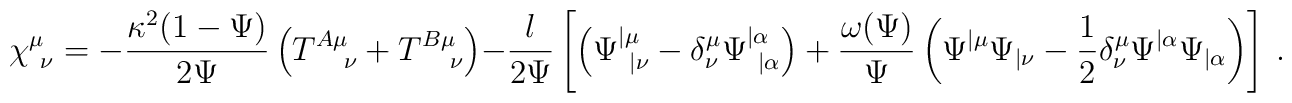
\chi^{\mu}_{\ \nu} = -{\kappa^2 (1-\Psi) \over 2 \Psi}       		\left( T^{A\mu}_{\quad \nu} + T^{B\mu}_{\quad \nu} \right)       		-{l  \over 2 \Psi} \left[ \left(  \Psi^{|\mu}_{\ |\nu}   		-\delta^\mu_\nu  \Psi^{|\alpha}_{\ |\alpha} \right)  		+{\omega(\Psi ) \over \Psi} \left( \Psi^{|\mu}  \Psi_{|\nu}  		- {1\over 2} \delta^\mu_\nu  \Psi^{|\alpha} \Psi_{|\alpha}   		\right) \right]     \ .